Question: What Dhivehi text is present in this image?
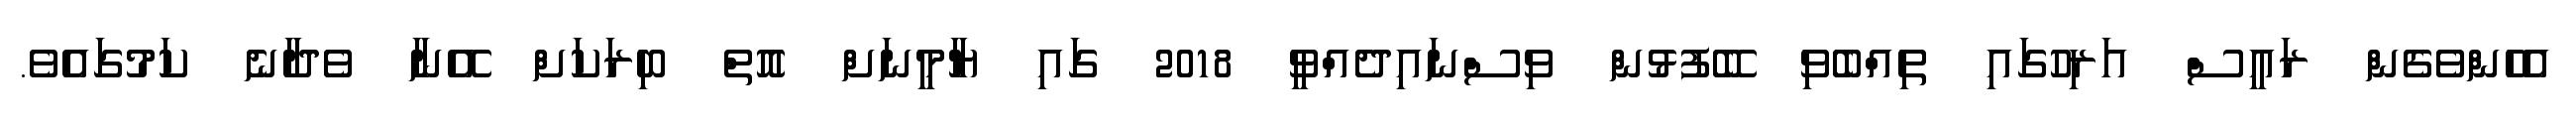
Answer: އެހެންވެގެން ރައީސް އަރިހުގައި ތިއްބެވި ބޭފުޅުން ވިސްނައިދެއްވީ 2018 ގައި ޔާމީނަށް އޮތް ބިރަކަށް އޭނާ ވެދާނެ ކަމުގައެވެ.